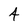
Character: 4